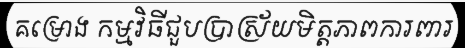
គម្រោង កម្មវិធីជួបប្រាស្រ័យមិត្តភាពការពារ